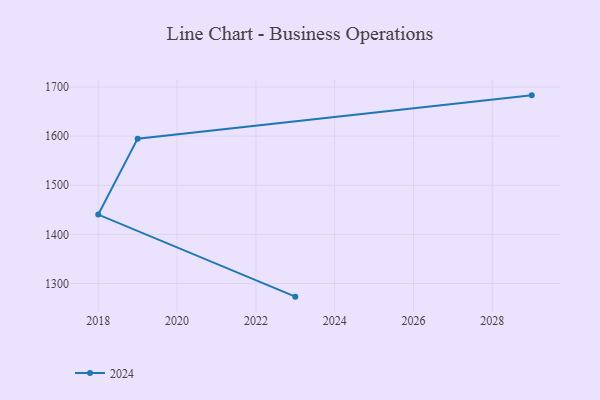
{"axis": {"x": "Year", "y": "Latency (ms)"}, "legend": ["2024"], "data": [{"x": "2023", "y": 1273.3, "type": "2024"}, {"x": "2018", "y": 1440.4, "type": "2024"}, {"x": "2019", "y": 1594.9, "type": "2024"}, {"x": "2029", "y": 1683.0, "type": "2024"}]}